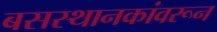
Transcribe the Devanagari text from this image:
बसस्थानकांवरून